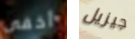
أخفى جيزيل